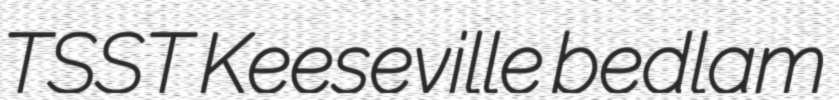
TSST Keeseville bedlam